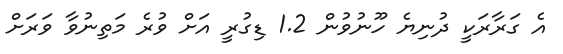
އެ ގަރާރަކީ ދުނިޔެ ހޫނުވުން 1.2 ޑިގުރީ އަށް ވުރެ މަތިނުވާ ވަރަށް